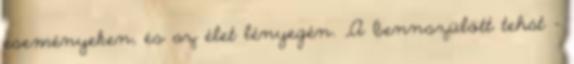
eseményeken, és az élet lényegén. „A bennszülött tehát –